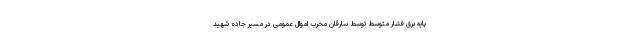
پایه برق فشار متوسط توسط سارقان مخرب اموال عمومی در مسیر جاده شهید